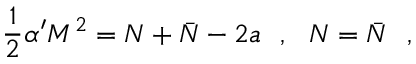
\frac { 1 } { 2 } \alpha ^ { \prime } M ^ { 2 } = N + \bar { N } - 2 a \ \ , \ \ N = \bar { N } \ \ ,